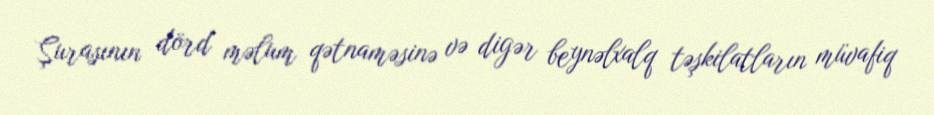
Şurasının dörd məlum qətnaməsinə və digər beynəlxalq təşkilatların müvafiq